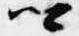
卿